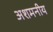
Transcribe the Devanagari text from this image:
अशमनीय